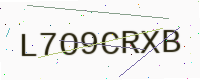
Text: L7O9CRXB